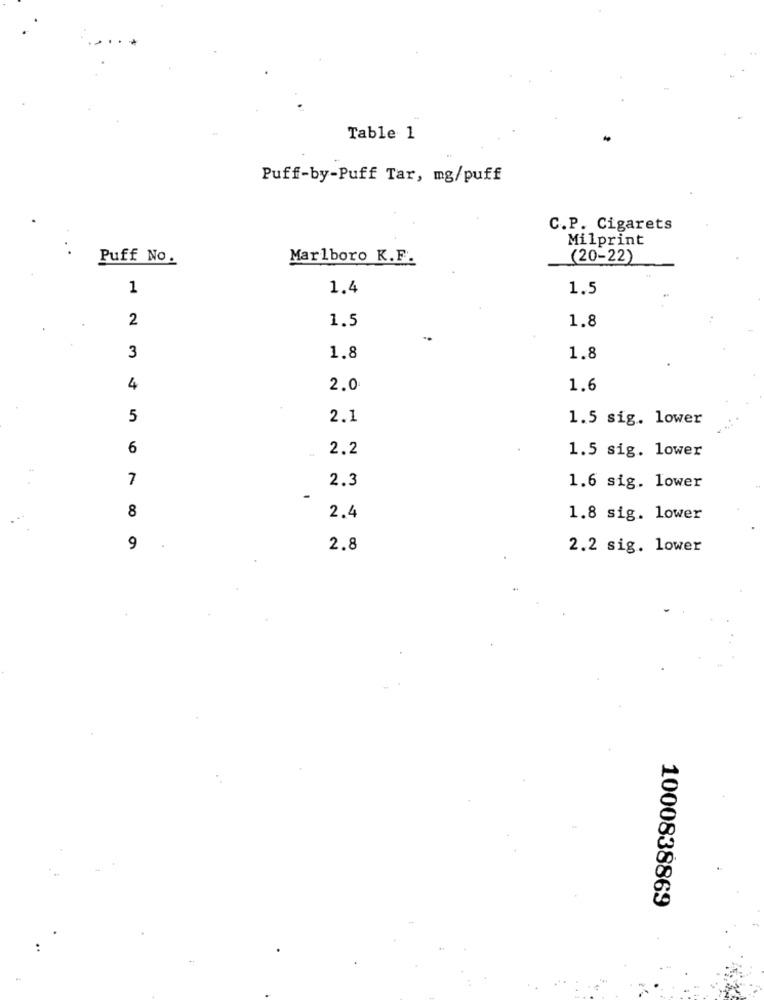
Table 1
Puff-by-Puff Tar, mg/puff
C.P. Cigarets
Milprint
Puff No.
Marlboro K.F.
(20-22)
1
1.4
1.5
2
1.5
1.8
3
1.8
1.8
4
2.0
1.6
5
2.1
1.5 sig. lower
6
2.2
1.5 sig. lower
7
2.3
1.6 sig. lower
8
2.4
1.8 sig. lower
9
2.8
2.2 sig. lower
1000838869